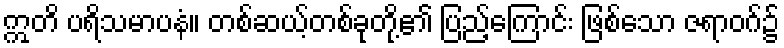
ဣတိ ပရိသမာပနံ။ တစ်ဆယ့်တစ်ခုတို့၏ ပြည့်ကြောင်း ဖြစ်သော ဇရာဝဂ်၌